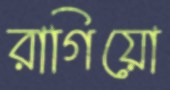
রাগিয়ো